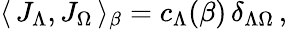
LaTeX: \langle\, {J}_{\Lambda},{J}_{\Omega}\, \rangle_{\beta}=c_{\Lambda}(\beta)\, \delta_{\Lambda\Omega}\, ,